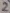
Text: 2